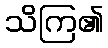
သိကြ၏